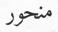
منحور